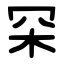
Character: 罙